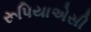
રૂપિયાએસી